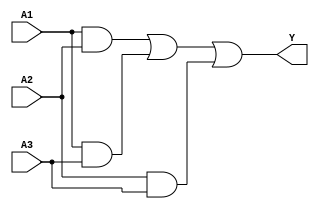
module sop_simplification (
    input wire A1,  // First input
    input wire A2,  // Second input
    input wire A3,  // Third input
    output wire Y   // Output
);

// Intermediate signals for AND gates
wire term1; // A1 AND A2
wire term2; // A1 AND A3
wire term3; // A2 AND A3

// AND gates for product terms
assign term1 = A1 & A2; // A1 * A2
assign term2 = A1 & A3; // A1 * A3
assign term3 = A2 & A3; // A2 * A3

// OR gate to combine the product terms
assign Y = term1 | term2 | term3; // Y = term1 + term2 + term3

endmodule